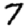
Digit: 7